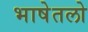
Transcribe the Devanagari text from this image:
भाषेतलो